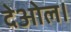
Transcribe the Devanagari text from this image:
देओल।